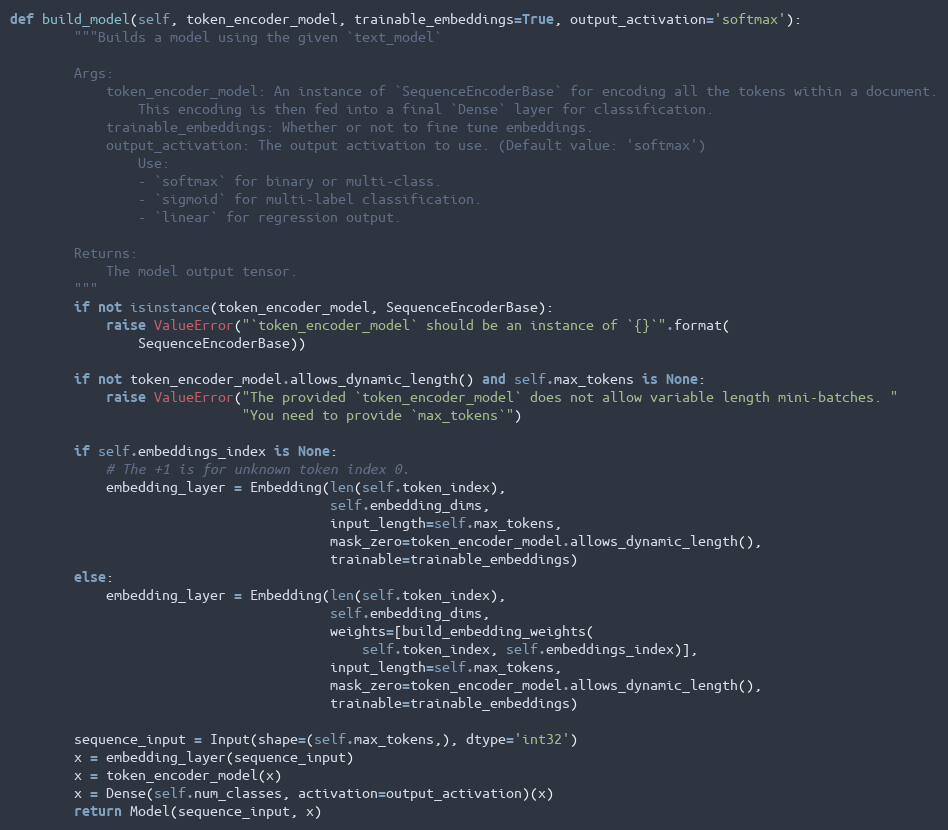
Language: Python
def build_model(self, token_encoder_model, trainable_embeddings=True, output_activation='softmax'):
        """Builds a model using the given `text_model`

        Args:
            token_encoder_model: An instance of `SequenceEncoderBase` for encoding all the tokens within a document.
                This encoding is then fed into a final `Dense` layer for classification.
            trainable_embeddings: Whether or not to fine tune embeddings.
            output_activation: The output activation to use. (Default value: 'softmax')
                Use:
                - `softmax` for binary or multi-class.
                - `sigmoid` for multi-label classification.
                - `linear` for regression output.

        Returns:
            The model output tensor.
        """
        if not isinstance(token_encoder_model, SequenceEncoderBase):
            raise ValueError("`token_encoder_model` should be an instance of `{}`".format(
                SequenceEncoderBase))

        if not token_encoder_model.allows_dynamic_length() and self.max_tokens is None:
            raise ValueError("The provided `token_encoder_model` does not allow variable length mini-batches. "
                             "You need to provide `max_tokens`")

        if self.embeddings_index is None:
            # The +1 is for unknown token index 0.
            embedding_layer = Embedding(len(self.token_index),
                                        self.embedding_dims,
                                        input_length=self.max_tokens,
                                        mask_zero=token_encoder_model.allows_dynamic_length(),
                                        trainable=trainable_embeddings)
        else:
            embedding_layer = Embedding(len(self.token_index),
                                        self.embedding_dims,
                                        weights=[build_embedding_weights(
                                            self.token_index, self.embeddings_index)],
                                        input_length=self.max_tokens,
                                        mask_zero=token_encoder_model.allows_dynamic_length(),
                                        trainable=trainable_embeddings)

        sequence_input = Input(shape=(self.max_tokens,), dtype='int32')
        x = embedding_layer(sequence_input)
        x = token_encoder_model(x)
        x = Dense(self.num_classes, activation=output_activation)(x)
        return Model(sequence_input, x)